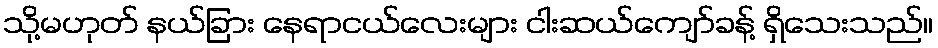
သို့မဟုတ် နယ်ခြား နေရာငယ်လေးများ ငါးဆယ်ကျော်ခန့် ရှိသေးသည်။